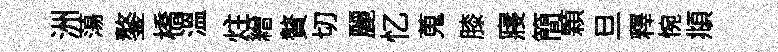
洲蕩鏊橋溫炷繒贅切麗忆蒐膝寢簡顆旦釋惋頫